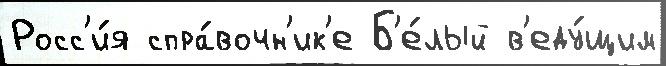
Росс'и́я спра́вочн'ик'е Б'е́лый в'еду́щим